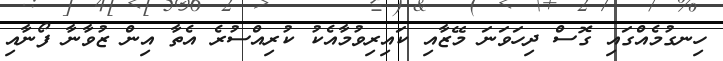
ހިނގުމެއްގައި ގޮސް ދިހަވަނަ މޭޒާއި ކައިރިވުމާއެކު ކުރިއްސުރެ އެތާ އިން ޒުވާނާ ފޯނާއި